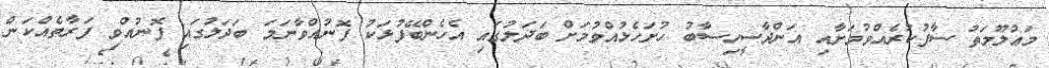
މަޢުލޫމަތު ސާފުކުރެއްވުމަށާއި އަންދާސީހިސާބު ހުށަހެޅުއްވުމަށް ބަދަލުގައި އެހެންބޭފުޅަކު ފޮނުއްވާނަމަ ބަދަލުގައި ފޮނުއްވި ފަރާތެއްކަން